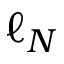
\ell _ { N }